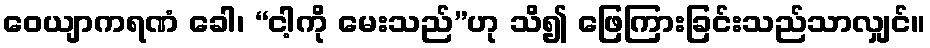
ဝေယျာကရဏံ ခေါ၊ “ငါ့ကို မေးသည်”ဟု သိ၍ ဖြေကြားခြင်းသည်သာလျှင်။